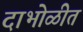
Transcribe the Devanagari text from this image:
दाभोळीत